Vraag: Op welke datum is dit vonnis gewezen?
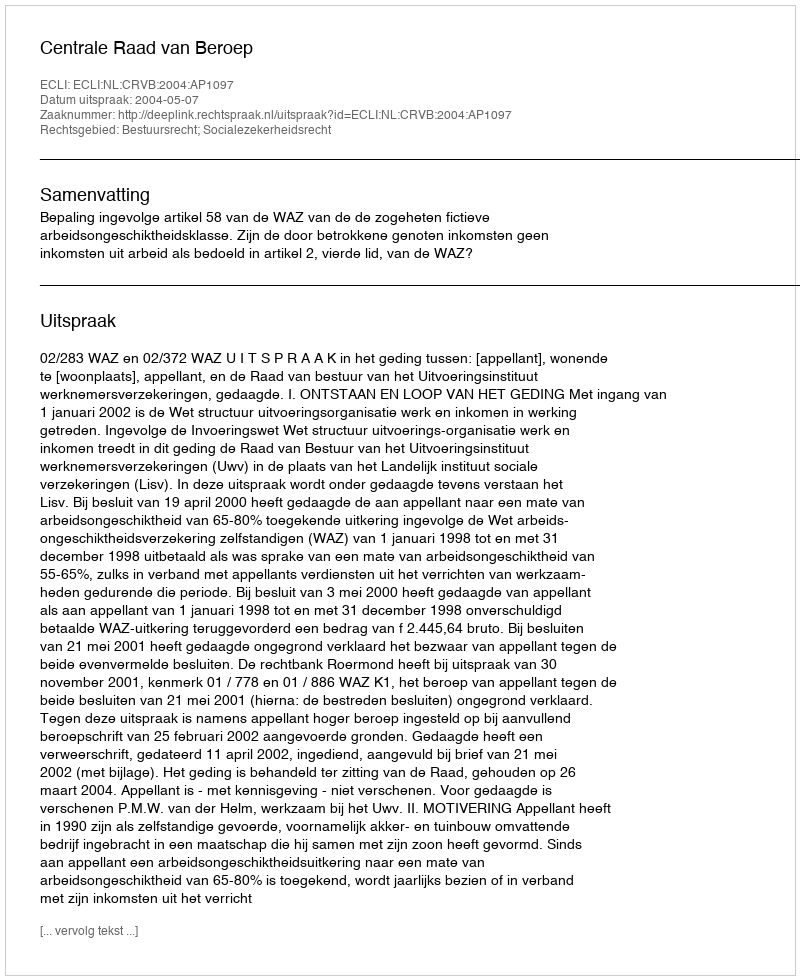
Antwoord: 2004-05-07